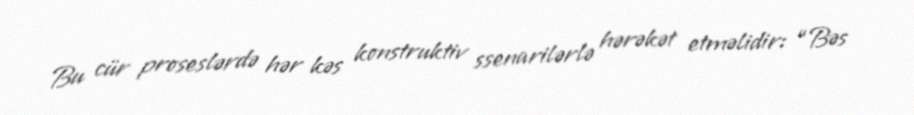
Bu cür proseslərdə hər kəs konstruktiv ssenarilərlə hərəkət etməlidir: “Bəs